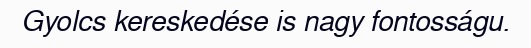
Gyolcs kereskedése is nagy fontosságu.